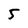
Character: 5